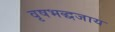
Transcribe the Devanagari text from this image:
वृषभद्धजाय